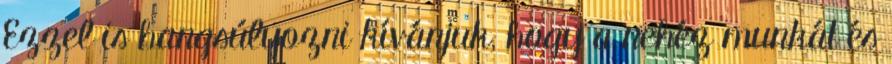
Ezzel is hangsúlyozni kívánjuk, hogy a nehéz munkát és